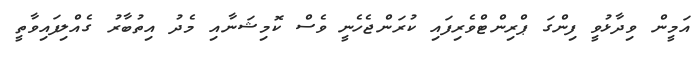
އަމީން ވިދާޅުވީ ފިންގަ ޕްރިންޓްވެރިފައި ކުރަންޖެހެނީ ވެސް ކޮމިޝަނާއި މެދު އިތުބާރު ގެއްލިފައިވާތީ